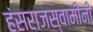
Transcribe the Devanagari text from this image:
हंसराजस्वामींनी